Paatsalu_vallavalitsus, lk 27
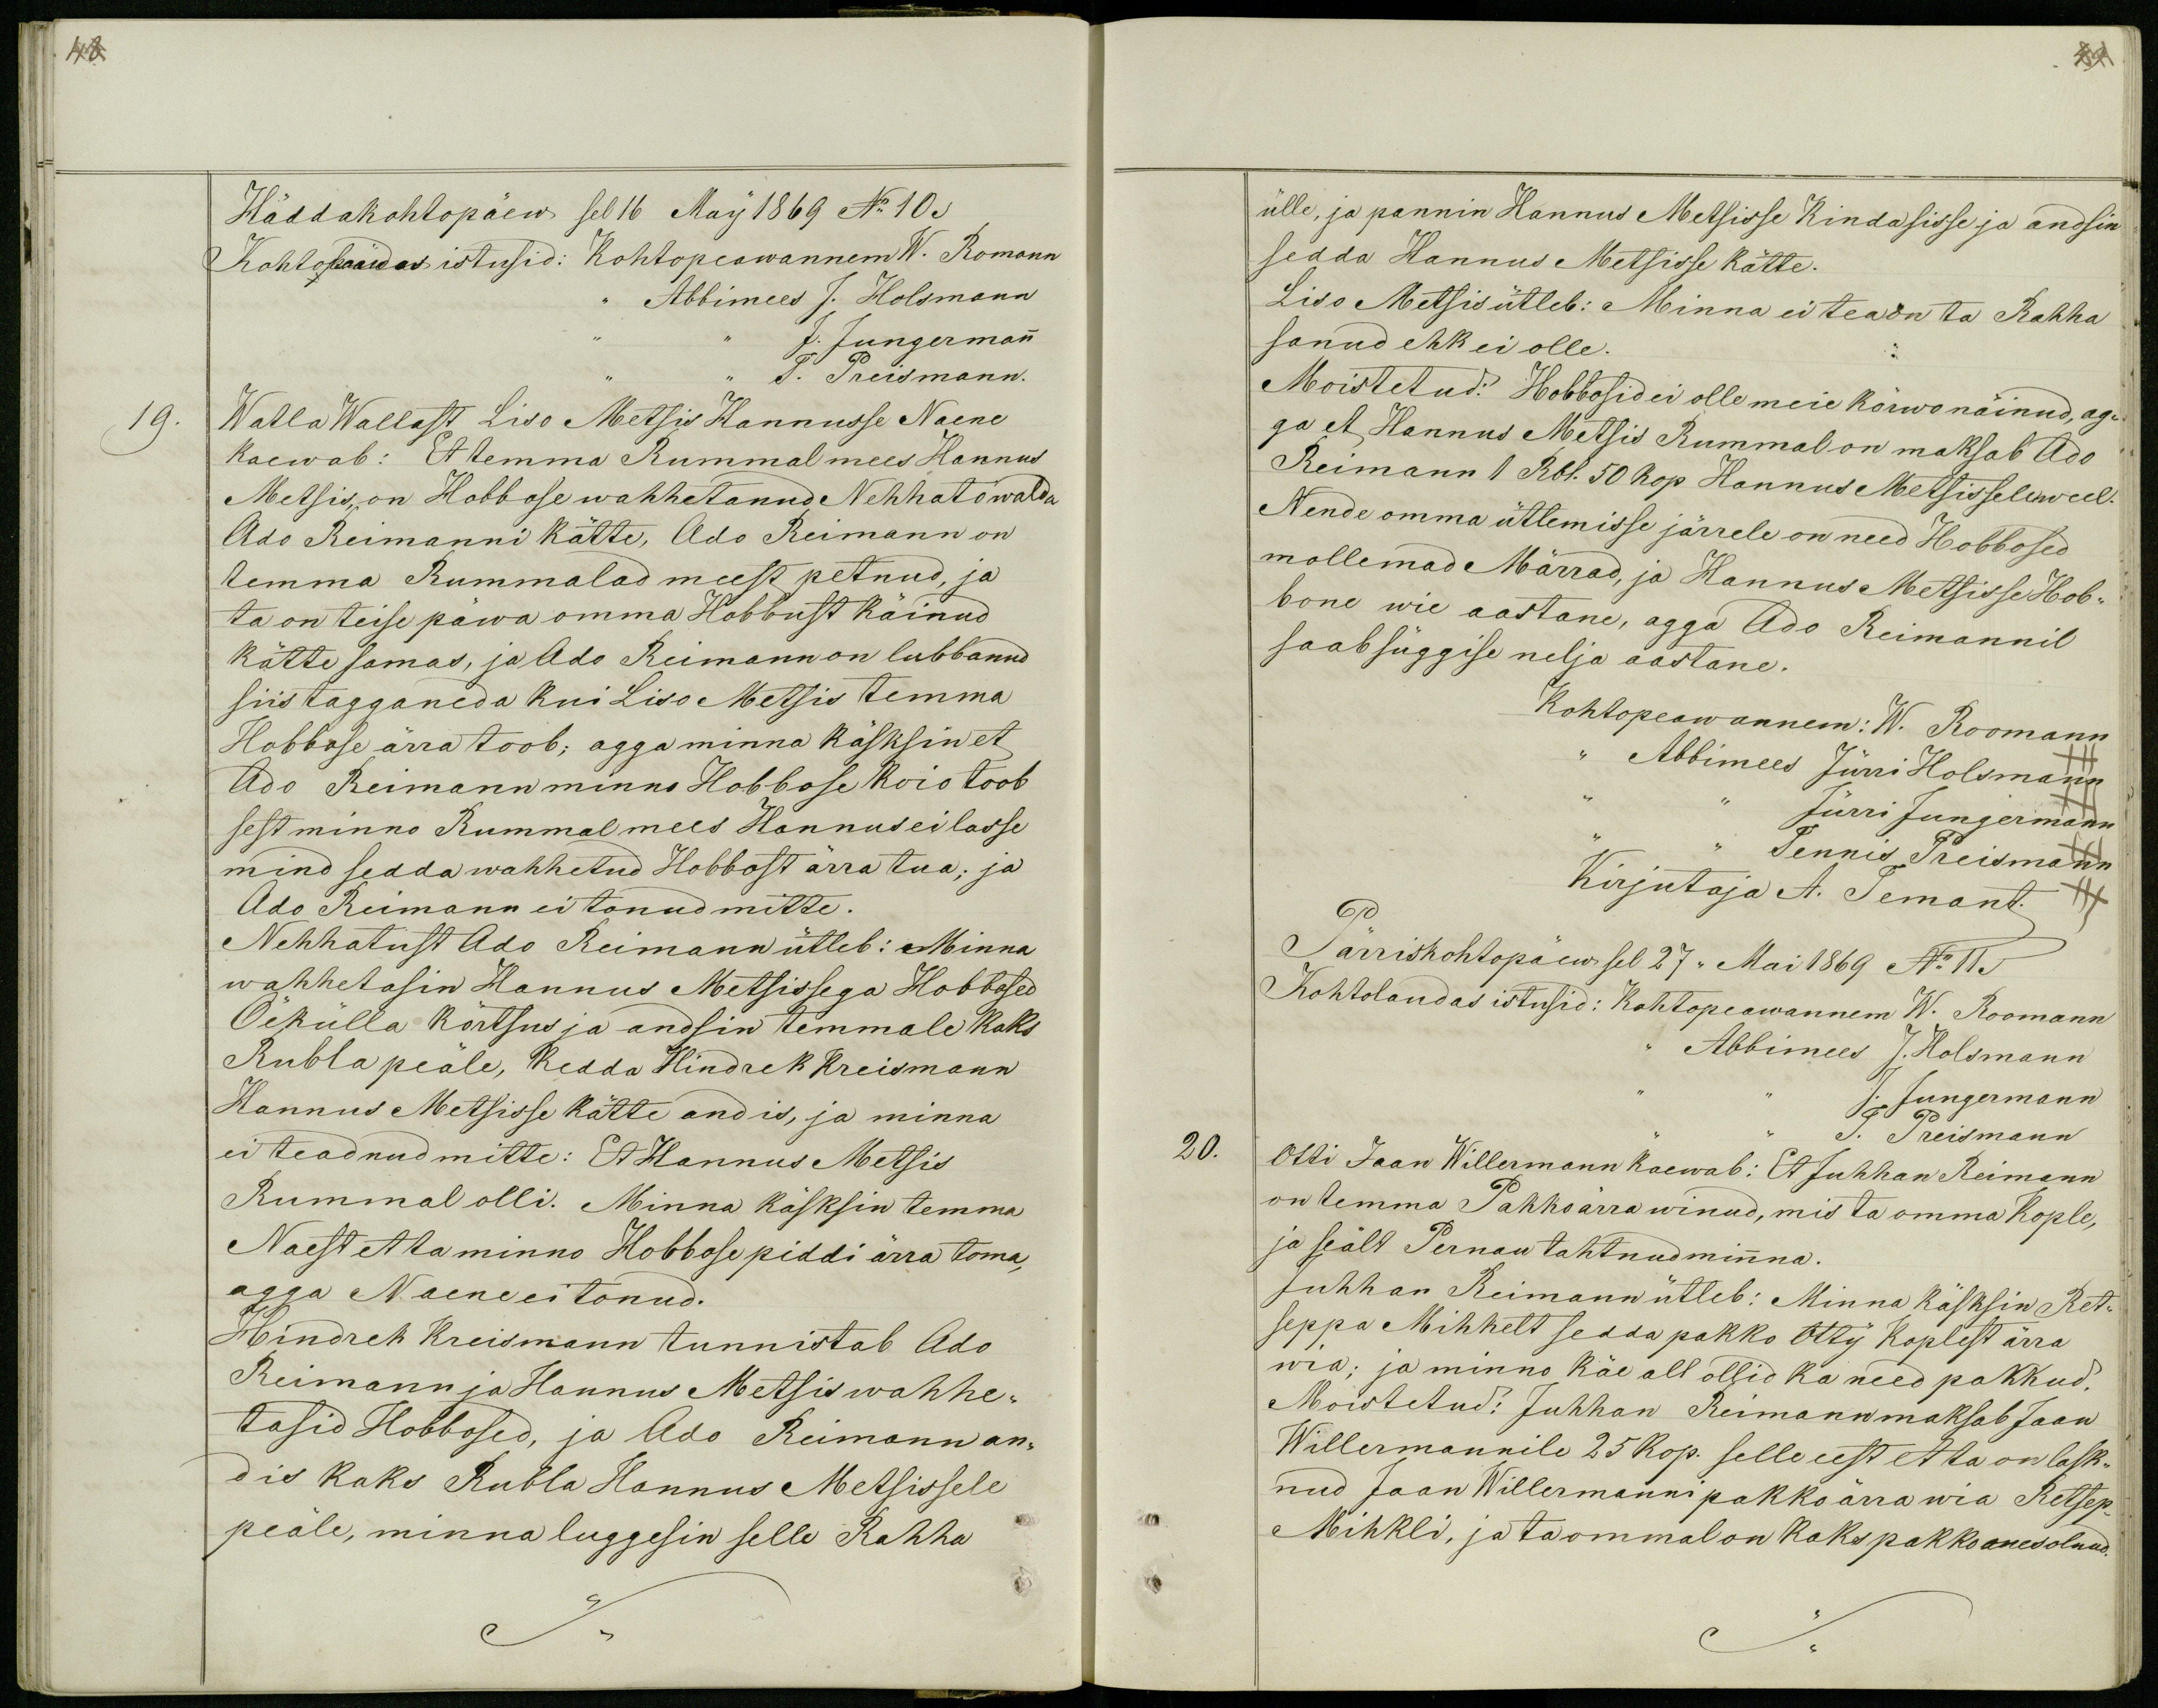
48

Häddakohtopäew sel 16 May 1869 No 10
Kohtolaudas istusid: Kohtopeawannem W. Romann
,, Abbimees J. Holsmann
J. Jungermann
J. Preismann.
19.
Watla Wallast Liso Metsis Hannusse Naene
kaewab: Et temma Rummal mees Hannus
Metsis, on Hobbose wahhetanud Nehhato walda
Ado Reimanni kätte, Ado Reimann on
temma Rummalad meest petnud, ja
ta on teise päwa omma Hobbust käinud
kätte samas, ja Ado Reimann on lubbanud
siis tagganeda kui Liso Metsis temma
Hobbose ärra toob; agga minna käsksin et
Ado Reimann minno Hobbose koio toob
sest minno Rummal mees Hannus ei lasse
mind sedda wahhetud Hobbost ärra tua; ja
Ado Reimann ei tonud mitte.
Nehhatust Ado Reimann ütleb: Minna
wahhetasin Hannus Metsissega Hobbosed
Õekülla kõrtsus ja andsin temmale kaks
Rubla peäle, kedda Hindrek Kreismann
Hannus Metsisse kätte andis, ja minna
ei teadnud mitte: Et Hannus Metsis
Rummal olli. Minna käsksin temma
Naest et ta minno Hobbose piddi ärra toma,
agga Naene ei tonud.
Hindrek Kreismann tunnistab Ado
Reimann ja Hannus Metsis wahhe-
tasid Hobbosed, ja Ado Reimann an-
dis kaks Rubla Hannus Metsissele
peäle, minna luggesin selle Rahha

. 49
ülle, ja pannin Hannus Metsisse Kinda sisse ja andsin
sedda Hannus Metsisse kätte.
Liso Metsis ütleb: Minna ei teaon ta Rahha
sanud ehk ei olle.
Moistetud: Hobbosid ei olle meie kõrwo näinud, ag-
ga et Hannus Metsis Rummal on maksab Ado
Nende omma ütlemisse järrele on need Hobbosed
mollemad Märrad, ja Hannus Metsisse Hob-
bone wie aastane, agga Ado Reimannil
saab süggise nelja aastane.
Kohtopeawannem: W. Roomann
,, Abbimees Jürri Holsmann
+++
Jürri Jungermann
Tennis Preismann
Kirjutaja A. Temant. +++
Pärriskohtopäew sel 27,, Mai 1869 No 11.
Kohtolaudas istusid: Kohtopeawannem W. Roomann
,, Abbimees J. Holsmann
J. Jungermann
J. Preismann
20.
Otti Jaan Willermann kaewab: Et Juhhan Reimann
on temma Pakko ärra winud, mis ta omma Kople,
ja seält Pernau tahtnud minna.
Juhhan Reimann ütleb: Minna käsksin Ret-
seppa Mihkelt sedda pakko Otty Koplest ärra
wia; ja minno käe all ollid ka need pakkud.
Moistetud: Juhhan Reimann maksab Jaan
Willermannile 25 kop. selle eest et ta on lask-
nud Jaan Willermanni pakko ärra wia Retsep-
Mihkli, ja ta ommal on kaks pakko oues olnud.